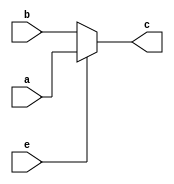
`timescale 1ns / 1ps


module Multiplexer(
    input e,
    input [31:0]a,
    input [31:0]b,
    output [31:0]c
    );
    reg [31:0]d;
    always@(*)
        if(e==1)
            d<=a;
        else
            d<=b;
    assign c=d;
endmodule